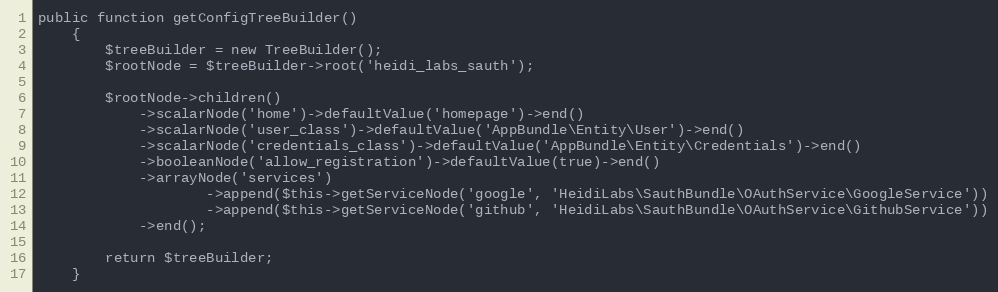
Language: PHP
public function getConfigTreeBuilder()
    {
        $treeBuilder = new TreeBuilder();
        $rootNode = $treeBuilder->root('heidi_labs_sauth');

        $rootNode->children()
            ->scalarNode('home')->defaultValue('homepage')->end()
            ->scalarNode('user_class')->defaultValue('AppBundle\Entity\User')->end()
            ->scalarNode('credentials_class')->defaultValue('AppBundle\Entity\Credentials')->end()
            ->booleanNode('allow_registration')->defaultValue(true)->end()
            ->arrayNode('services')
                    ->append($this->getServiceNode('google', 'HeidiLabs\SauthBundle\OAuthService\GoogleService'))
                    ->append($this->getServiceNode('github', 'HeidiLabs\SauthBundle\OAuthService\GithubService'))
            ->end();

        return $treeBuilder;
    }